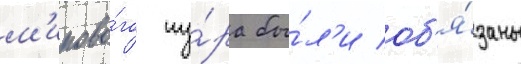
м'ирово́го ту́ра бы́л'и об'я́заны